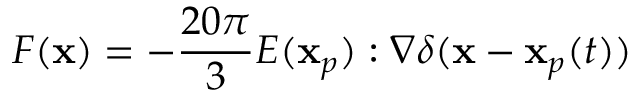
F ( \mathbf { x } ) = - \frac { 2 0 \pi } { 3 } E ( \mathbf { x } _ { p } ) : \nabla \delta ( \mathbf { x } - \mathbf { x } _ { p } ( t ) )